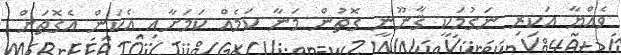
ވެއްޔާ އަކިރި ނަގުމަކީ ޤާނޫނީ ގޮތުން މަނާ ކަމެއް ކަމަށާއި އެކަން އެގޮތަށް